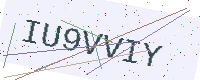
Text: IU9VVIY